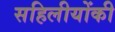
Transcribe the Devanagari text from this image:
सहिलीयोंकी